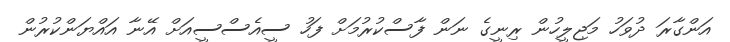
އަންގާރަ ދުވަހު މަޖިލީހުން ރިނީގެ ނަން ފާސްކުރުމަށް ފަހު ސީއެސްސީއަށް އޭނާ އައްޔަންކުރުން